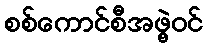
စစ်ကောင်စီအဖွဲ့ဝင်